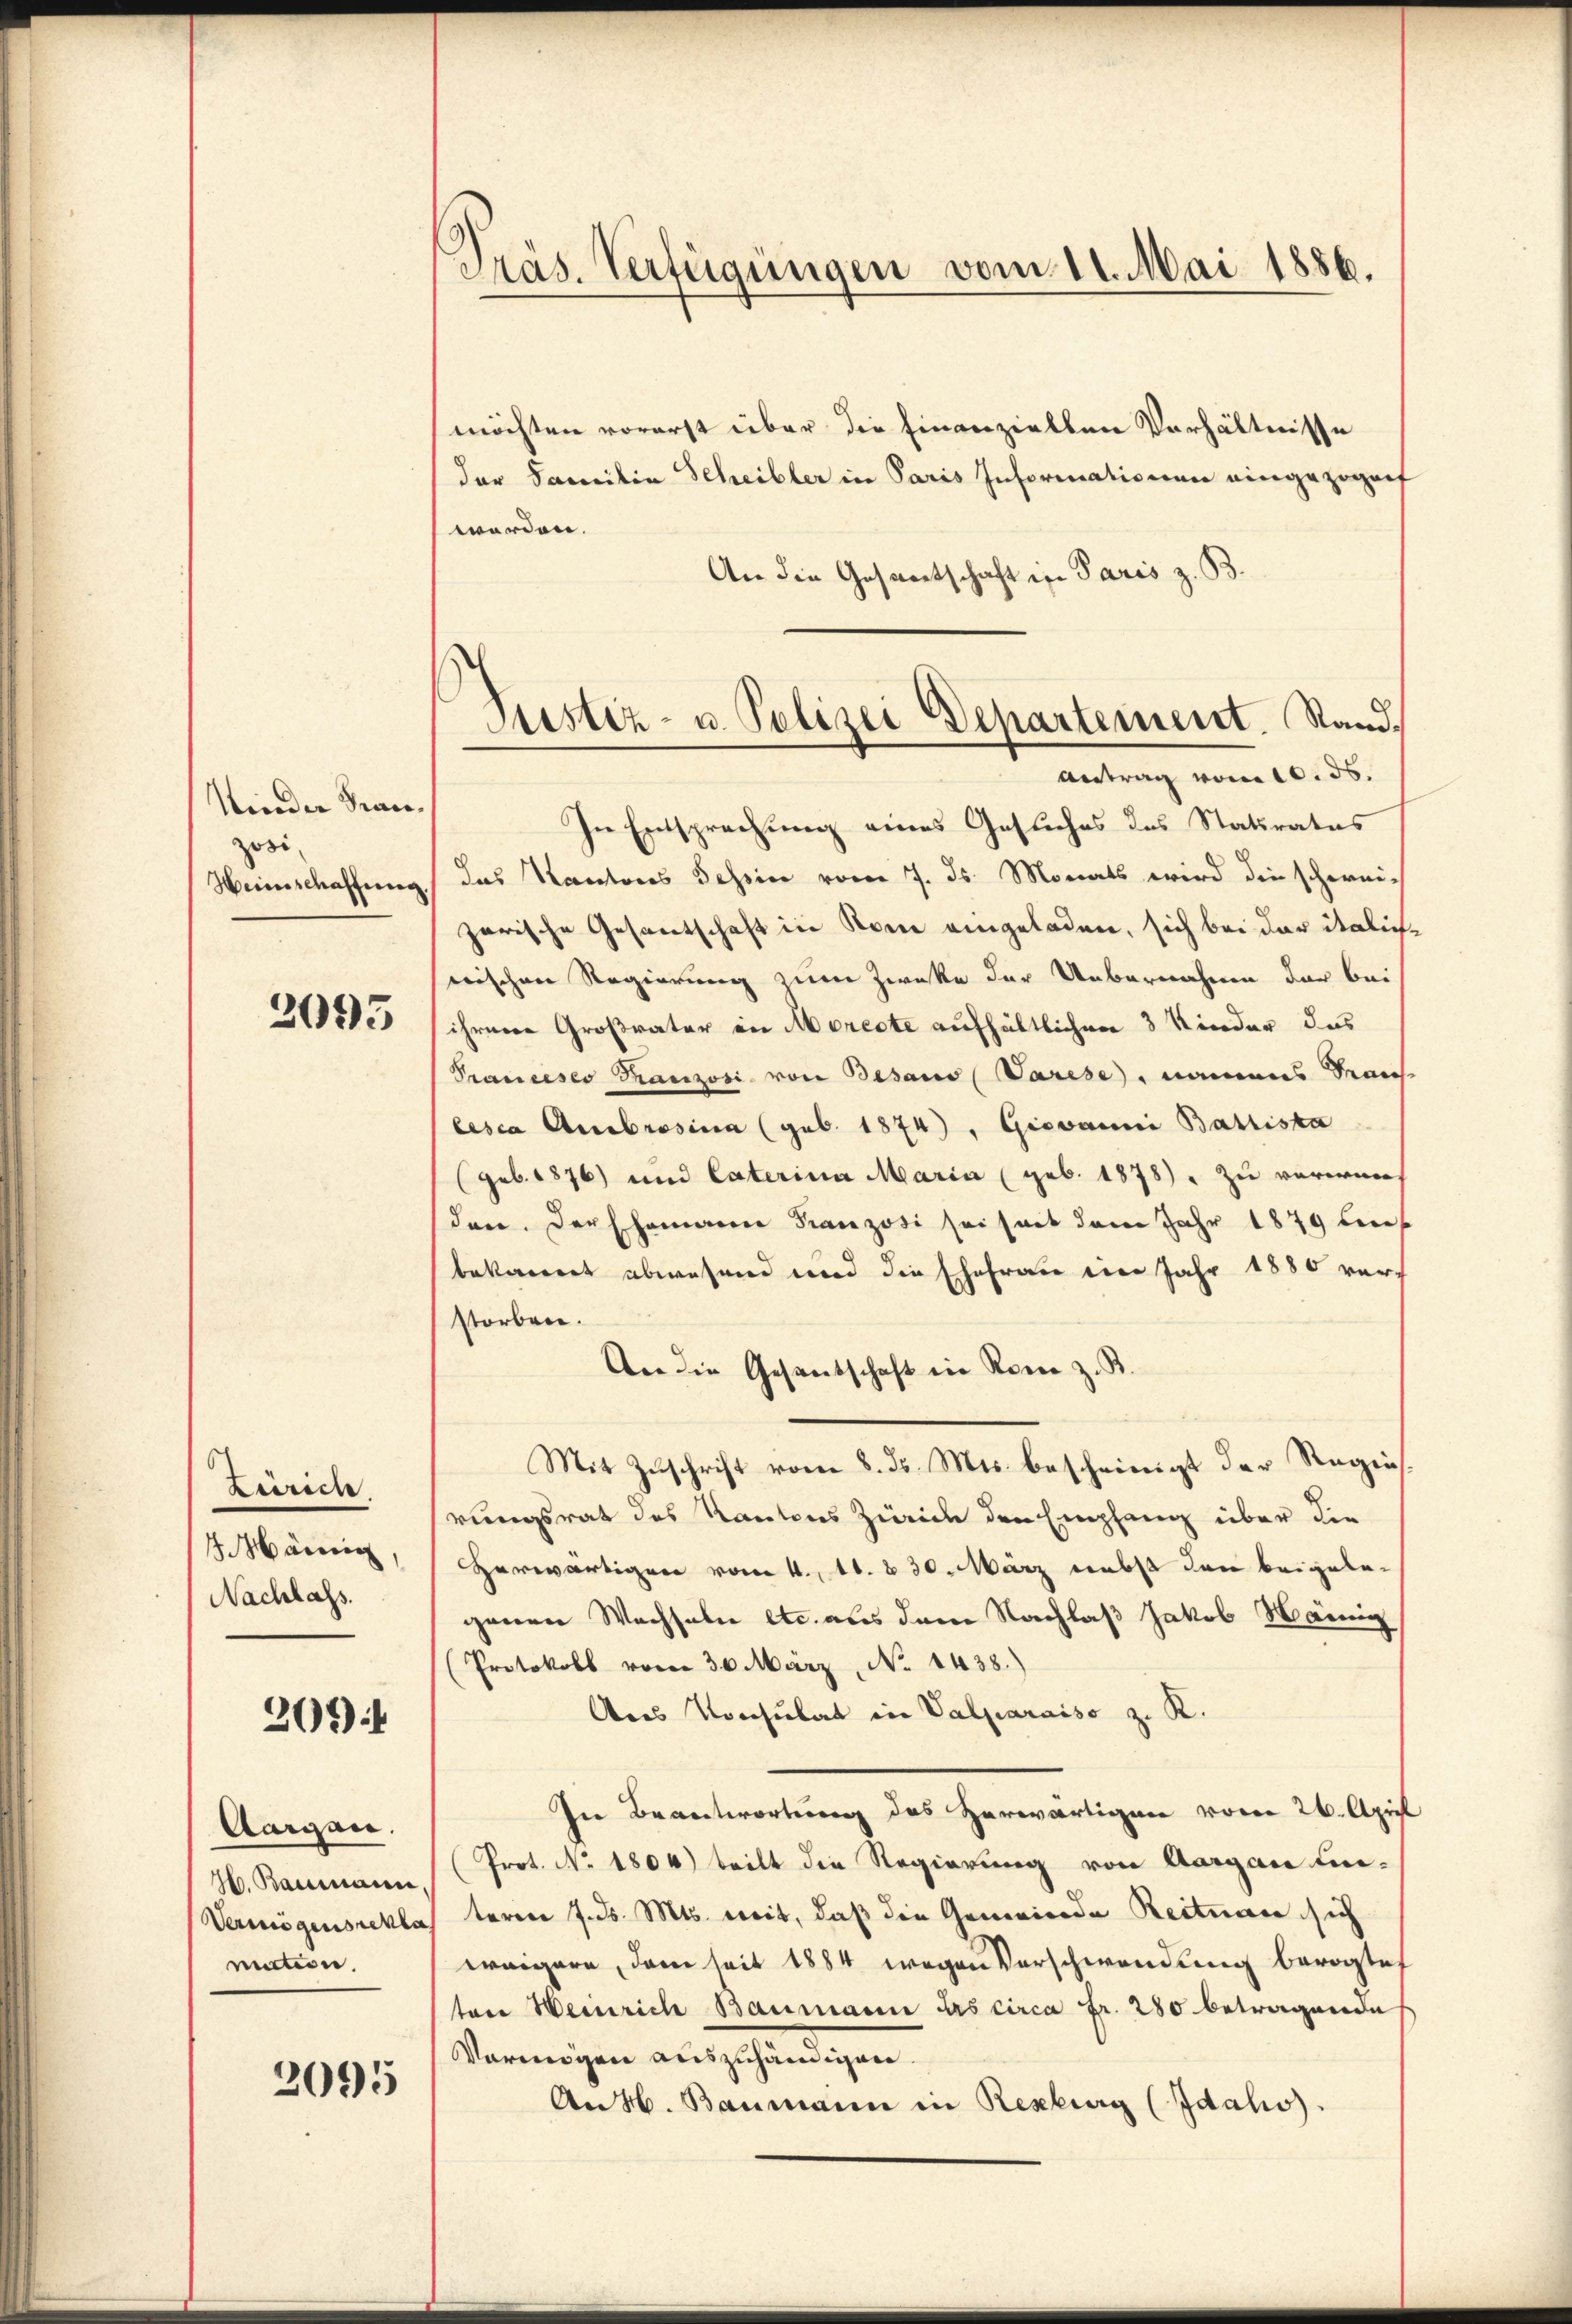
Kinder Kanzosi
Heinschaffung

2093

Zürich.
3 Männ
Nachlass.

209 f

Aargau.
H. Baumann,
Vermögens rekla
mation.

2095

Präs. Verfügungen vom 11. Mai 1886.

Justiz- u. Polizei Departement. Stand.
Antrag vom 10. ds.

möchten vorerst über die hinanziellen Verhältnisse
der Familia Scheibler in Paris Informationen eingezogenf
werden.
An die Gesantschaft in Paris z. B.
In Entsprechung eines Gesuches des Statiratus
das Kantons Tessin vom 7. ds. Monats wird die schweizarische Gesandtschaft in Rom eingeladen, sich bei der italich
wischen Regierung zum Zwecke der Uebernahmen der bei
ihrnere Großvater in Morecte aufhältlichen 3 Kinder das
Pranceses Franzosi von Besaus (Varese, namens San
lesca Ambrosina (geb. 1874), Giovanni Balliska
(geb. 1876) und Caterina Maria (geb. 1878. zu verwenden. Der Ehemann Franzosi sei seit dem Jahr 1879 be
bekannt abwesend und die Ehefrau im Jahr 1880 verstorben.
An die Gesandschaft in Rom z. B.
Mit Zuschrift vom 8. ds. Mts. bescheinigt der Regiesrungsrat des Kantons Zürich den Empfang über die
Herwärtigen vom 4. 11. 830. März nebst den beigelegenen Wechseln etc. aus dem Nachlaß Jakob Mannig
Protokoll vom 30. März, No 1438.)
Das Konsulat in Valparaiso z. K.
In Beantwortung des Herwärtigen vom 26. April
Prot. No. 1804) tritt die Regierung von Aargau un-
teren 7. ds. Mts. weit, daß die Gemeinde Reitner sich
weigern, dem seit 1884 wegen Vorschwendung bevogtes
ton Weinrich Baumann das circa Fr. 280 betragende
Vermögen auszuhändigen.
An 46. Baumann in Rezburg (Idahs).